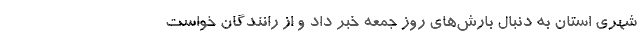
شهری استان به دنبال بارش‌های روز جمعه خبر داد و از رانندگان خواست